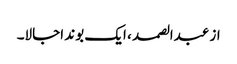
از عبدالصمد ، ایک بوند اجالا۔